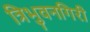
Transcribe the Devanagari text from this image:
त्रिभुवनगिरी